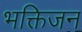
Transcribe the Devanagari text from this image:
भक्तिजन